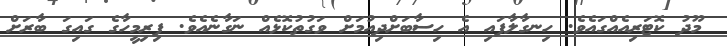
މޫދު ކޮޓަރިއެއްގައެވެ. ހިނގާލާފައި އެ ހިސާބަށްދިއުމަށް ވަގުތުކޮޅެއް ނަގާނެއެވެ. ފިރިމީހާގެ ގައިގަ ބާރަށް